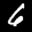
Label: 6